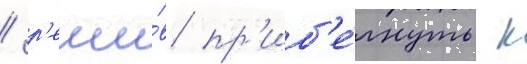
/ р'еши́в пр'иб'е́гнуть к